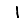
Digit: 1